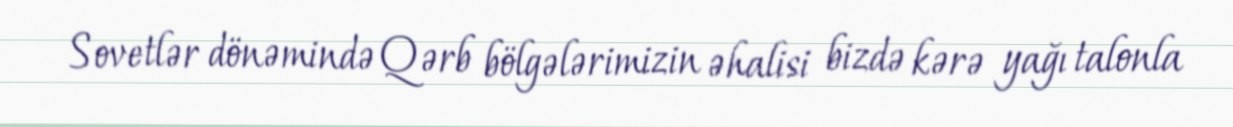
Sovetlər dönəmində Qərb bölgələrimizin əhalisi bizdə kərə yağı talonla